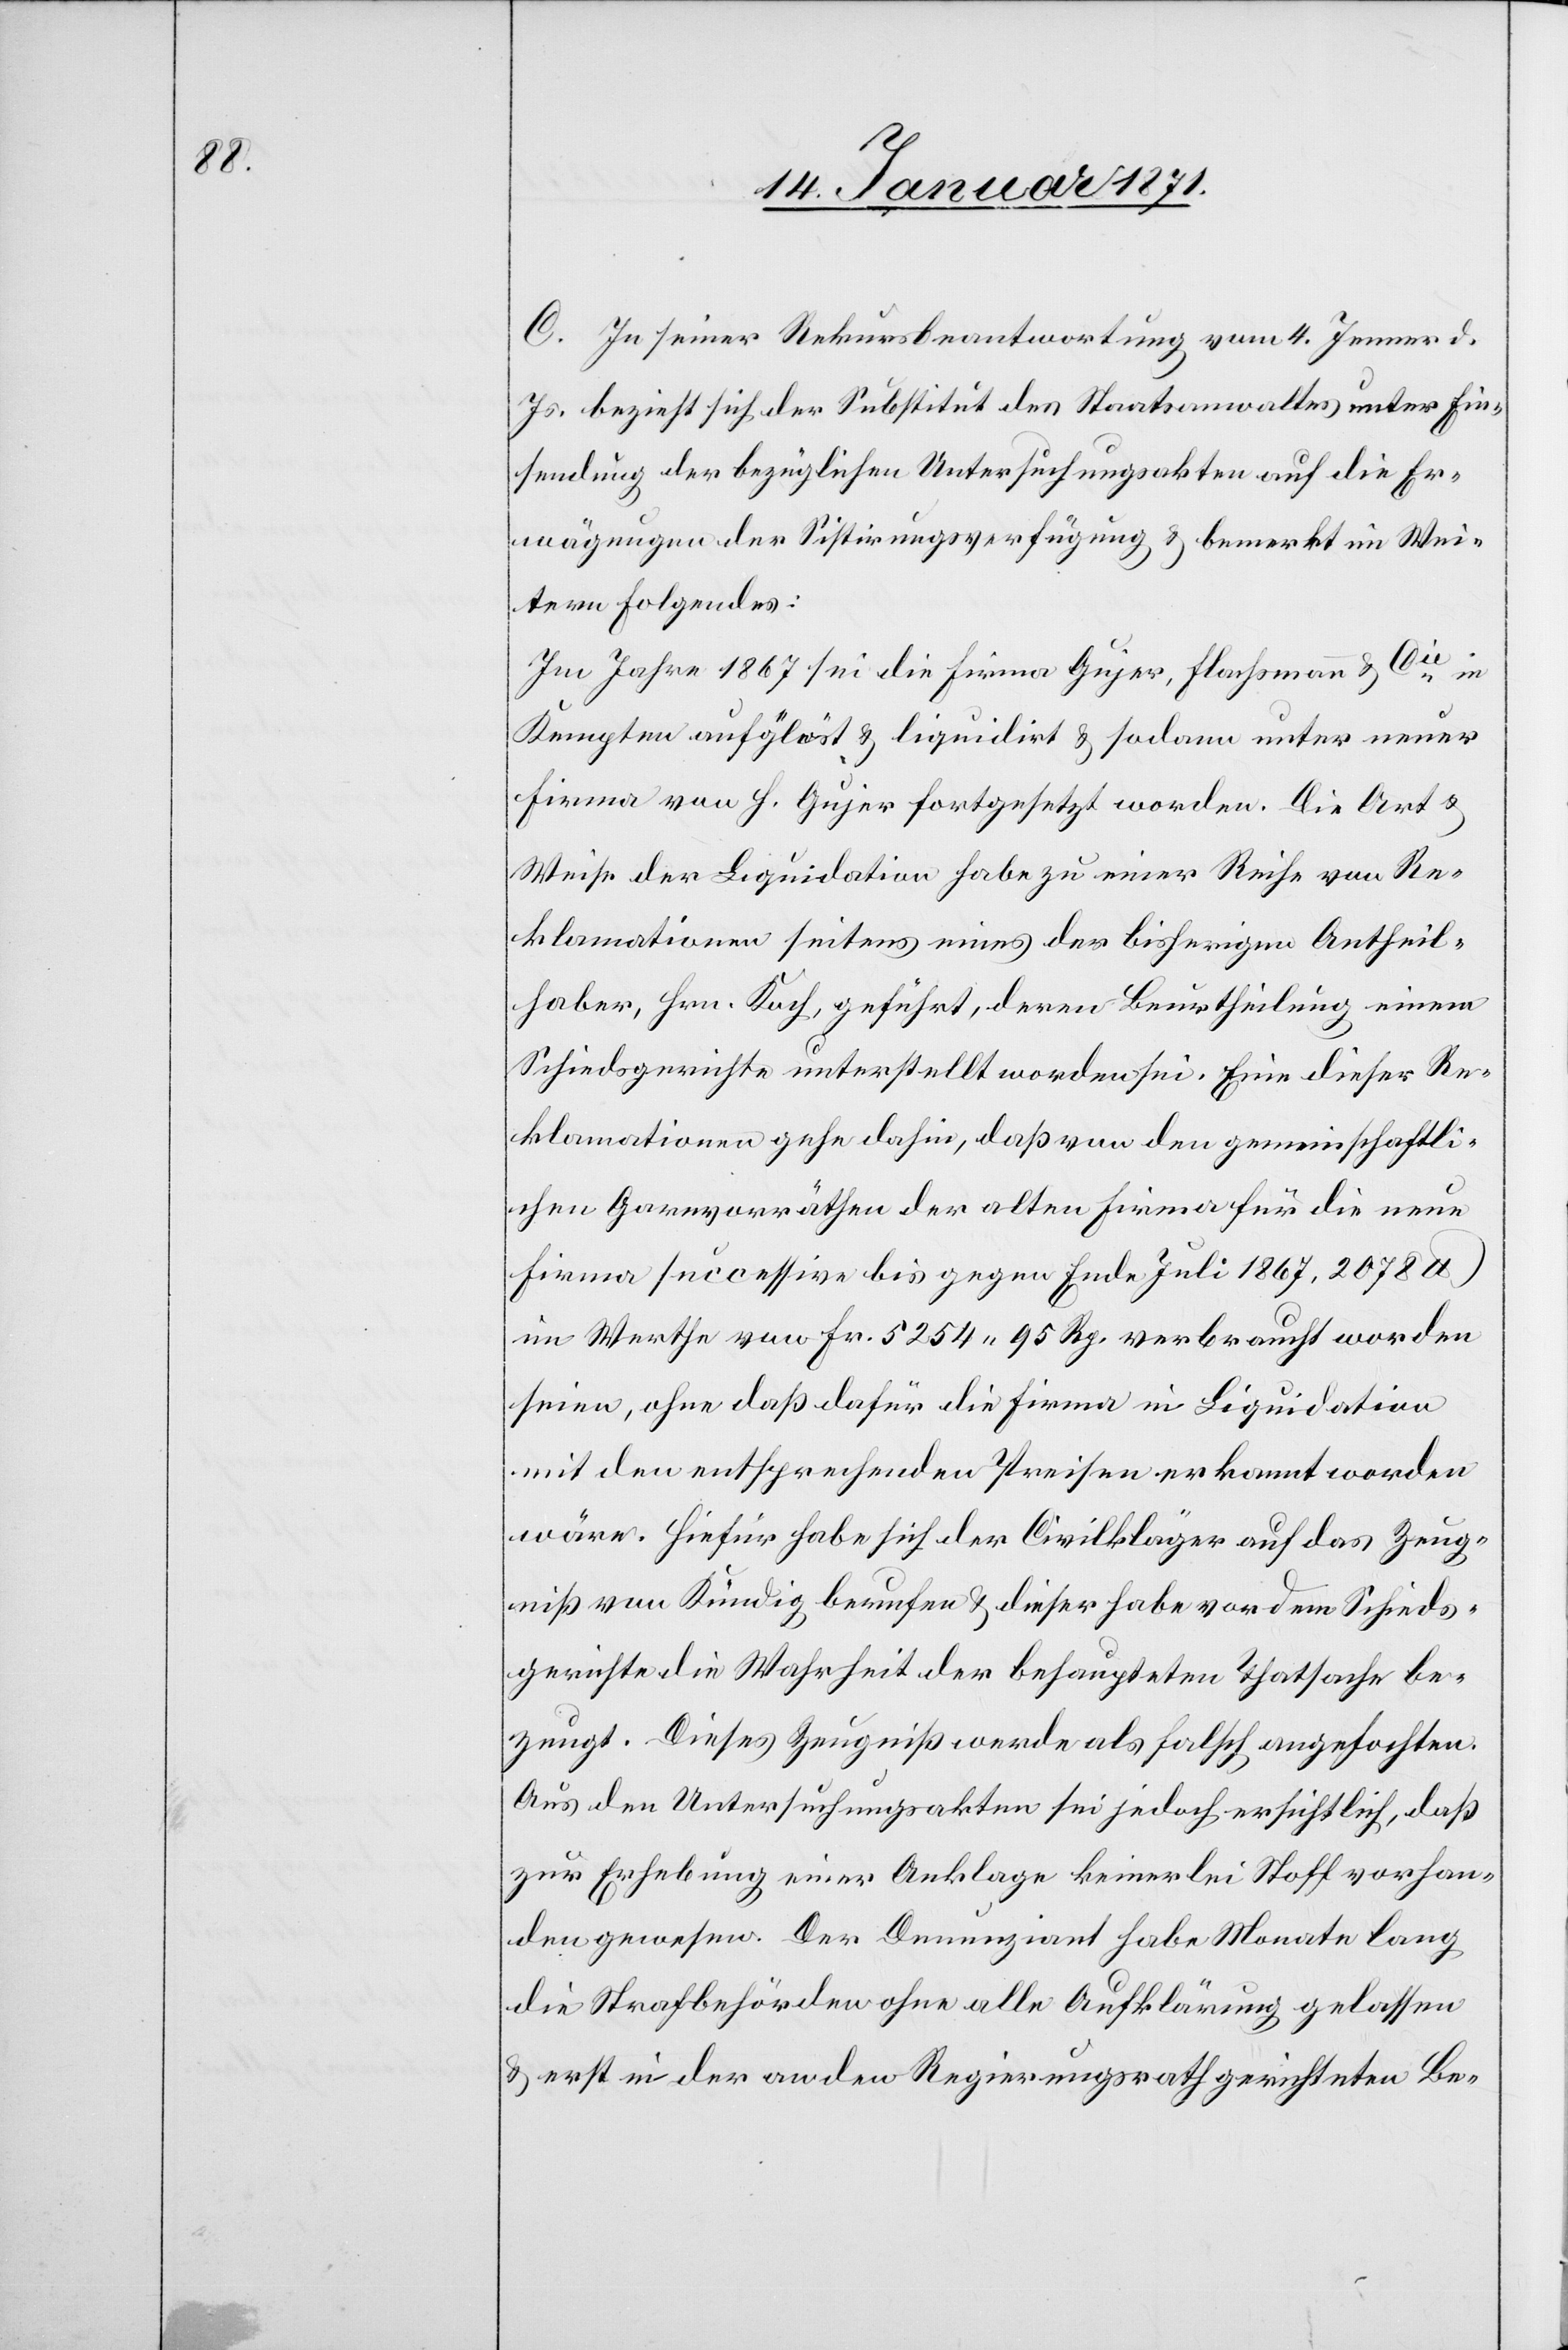
e.

C. In seiner Rekursbeantwortung vom 4. Jenner d.
Js. bezieht sich der Substitut des Staatsanwaltes unter Ein¬
sendung der bezüglichen Untersuchungsakten auf die Er¬
wägungen der Sistirungsverfügung u. bemerkt im Wei¬
tern Folgendes:
Im Jahre 1867 sei die Firma Gujar, Flachsmann & Ci¬
Kempten aufgelöst u. liquidirt u. sodann unter neuer
Firma von H. Gujar fortgesetzt worden. Die Art u.
Weise der Liquidation habe zu einer Reihe von Re¬
klamationen seitens eines der bisherigen Antheil¬
haber, Hrn. Koch, geführt, deren Beurtheilung einem
Schiedsgerichte unterstellt worden sei. Eine dieser Re¬
klamationen gehe dahin, daß von den gemeinschaftli¬
chen Garnvorräthen der alten Firma für die neue
Firma successiva bis gegen Ende Juli 1867, 2078 lb.
im Werthe von Fr. 5254.95 Rp. verbraucht worden
seien, ohne daß dafür die Firma in Liquidation
mit den entsprechenden Preisen erkannt worden
wäre. Hiefür habe sich der Civilkläger auf das Zeug¬
niß von Kündig berufen u. dieser habe vor dem Schieds¬
gerichte die Wahrheit der behaupteten Tatsache be¬
zeugt. Dieses Zeugniß werde als falsch angefochten.
Aus den Untersuchungsakten sei jedoch ersichtlich, daß
zur Erhebung einer Anklage keinerlei Stoff vorhan¬
den gewesen. Der Denunziant habe Monate lang
die Strafbehörden ohne alle Aufklärung gelassen
u. erst in der an den Regierungsrath gerichteten Be-